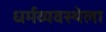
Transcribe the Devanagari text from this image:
धर्मव्यवस्थेला